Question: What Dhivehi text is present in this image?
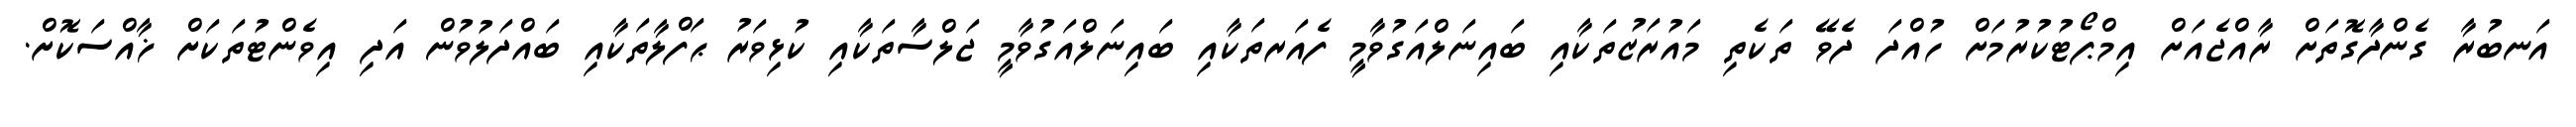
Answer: އަނބުރާ ގެންދާގޮތަށް ރާއްޖެއަށް އިމްޕޯޓުކުރުމަށް ހުއްދަ ދެވޭ ތަކެތި މައުރަޒުތަކާއި ބައިނަލްއަގުވާމީ ފެއަރތަކާއި ބައިނަލްއަގުވާމީ ޖަލްސާތަކާއި ކުޅިވަރު ޙަފްލާތަކާއި ބައްދަލުވުން އަދި އިވެންޓުތަކަށް ޚާއްސަކޮށް.